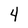
Character: 4